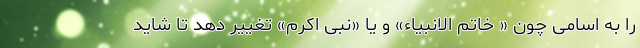
را به اسامی چون « خاتم الانبیاء» و یا «نبی اکرم» تغییر دهد تا شاید